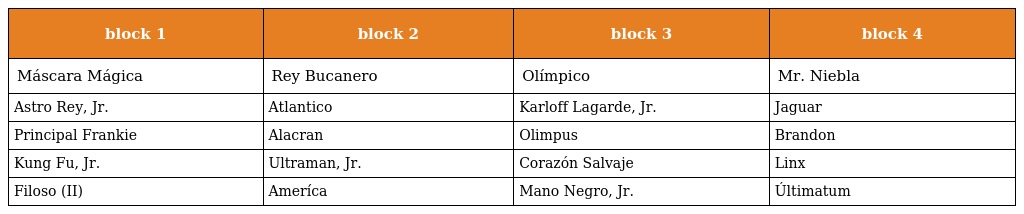
| block 1 | block 2 | block 3 | block 4 |
 | --- | --- | --- | --- |
 | Máscara Mágica | Rey Bucanero | Olímpico | Mr. Niebla |
 | Astro Rey, Jr. | Atlantico | Karloff Lagarde, Jr. | Jaguar |
 | Principal Frankie | Alacran | Olimpus | Brandon |
 | Kung Fu, Jr. | Ultraman, Jr. | Corazón Salvaje | Linx |
 | Filoso (II) | Ameríca | Mano Negro, Jr. | Últimatum |